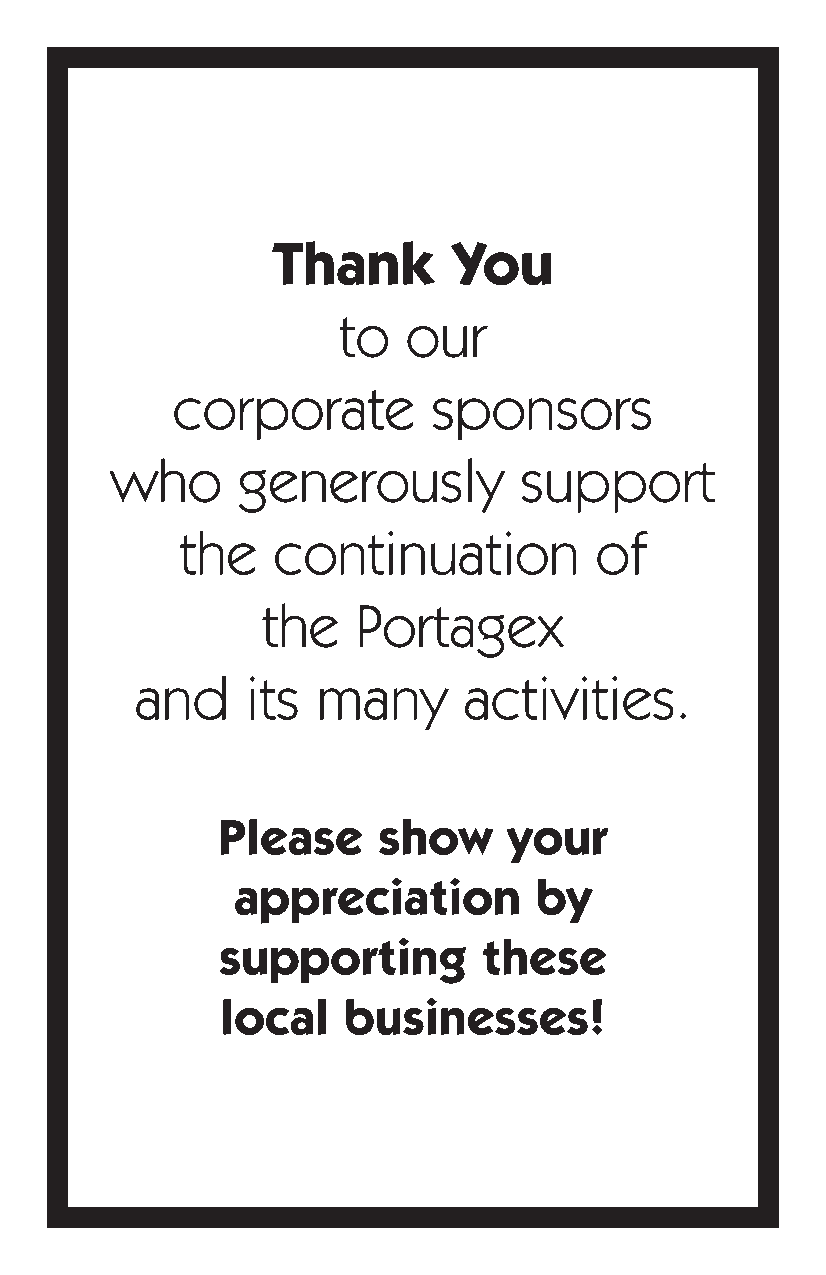
Thank       You
 to   our
 corporate         sponsors
 who      generously        support
 the   continuation         of
 the    Portagex
 and    its  many      activities.
 Please     show     your
 appreciation        by
 supporting        these
 local   businesses!